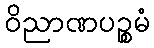
ဝိညာဏပဉ္စမံ